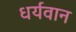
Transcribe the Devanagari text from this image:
धर्यवान